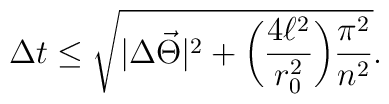
\Delta t \leq \sqrt{|\Delta \vec \Theta|^2 + \biggl( \frac{4\ell^2}{r_0^2}\biggr) \frac{\pi^2}{n^2}}.